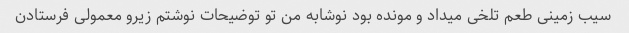
سیب زمینی طعم تلخی میداد و مونده بود نوشابه من تو توضیحات نوشتم زیرو معمولی فرستادن